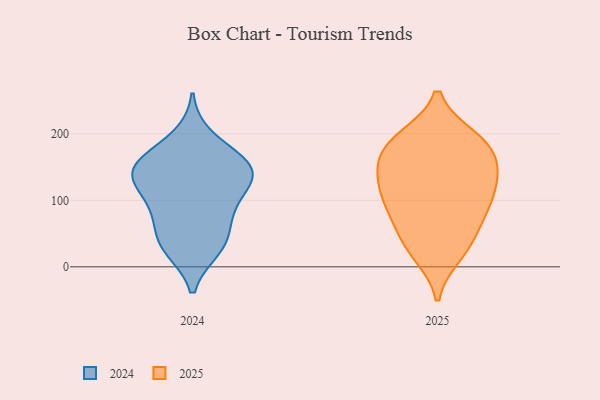
{"axis": {"x": "Energy Usage (MWh)", "y": "Value"}, "legend": ["2024", "2025"], "data": [{"x": "", "y": 137, "type": "2024"}, {"x": "", "y": 195, "type": "2024"}, {"x": "", "y": 27, "type": "2024"}, {"x": "", "y": 106, "type": "2024"}, {"x": "", "y": 80, "type": "2024"}, {"x": "", "y": 139, "type": "2024"}, {"x": "", "y": 131, "type": "2024"}, {"x": "", "y": 144, "type": "2024"}, {"x": "", "y": 95, "type": "2024"}, {"x": "", "y": 158, "type": "2024"}, {"x": "", "y": 151, "type": "2024"}, {"x": "", "y": 163, "type": "2024"}, {"x": "", "y": 34, "type": "2024"}, {"x": "", "y": 31, "type": "2024"}, {"x": "", "y": 62, "type": "2024"}, {"x": "", "y": 31, "type": "2025"}, {"x": "", "y": 141, "type": "2025"}, {"x": "", "y": 83, "type": "2025"}, {"x": "", "y": 79, "type": "2025"}, {"x": "", "y": 114, "type": "2025"}, {"x": "", "y": 117, "type": "2025"}, {"x": "", "y": 190, "type": "2025"}, {"x": "", "y": 38, "type": "2025"}, {"x": "", "y": 82, "type": "2025"}, {"x": "", "y": 147, "type": "2025"}, {"x": "", "y": 193, "type": "2025"}, {"x": "", "y": 179, "type": "2025"}, {"x": "", "y": 124, "type": "2025"}, {"x": "", "y": 20, "type": "2025"}, {"x": "", "y": 164, "type": "2025"}, {"x": "", "y": 186, "type": "2025"}]}